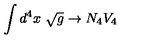
\int d ^ { 4 } x \ \sqrt { g } \rightarrow N _ { 4 } V _ { 4 }